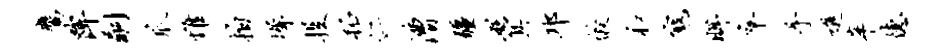
鹰陴嗣爪惟拍墀投柘仁漕疆砭箕邛皎和寇眸卒手进辛德